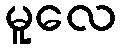
မူလေ